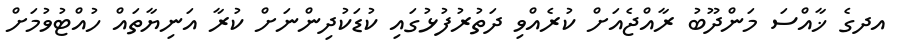
އދގެ ޚާއްސަ މަންދޫބު ރާއްޖެއަށް ކުރެއްވި ދަތުރުފުޅުގައި ކުޑަކުދިންނަށް ކުރާ އަނިޔާތައް ހުއްޓުވުމަށް